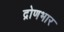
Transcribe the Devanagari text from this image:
द्रोणभार